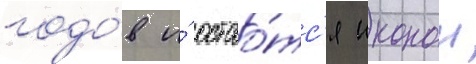
годо́в и́ остао́тс'я иконои